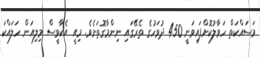
މަސައްކަތް ހަވާލުކޮށްފައިވަނީ 450 ދުވަހުގެ ތެރޭގައި ނިންމާގޮތަށެވެ. މިއީ އެކާވީސް މިލިއަން ހަލައްކަ